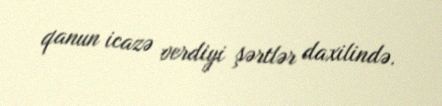
qanun icazə verdiyi şərtlər daxilində.